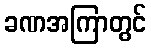
ခဏအကြာတွင်